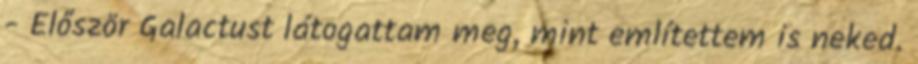
- Először Galactust látogattam meg, mint említettem is neked.